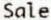
SALE